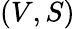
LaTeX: (V,S)